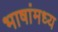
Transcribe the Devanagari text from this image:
भाषांमध्य